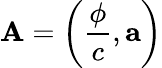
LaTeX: \mathbf{A}=\left({\frac{\phi}{c}},\mathbf{a}\right)